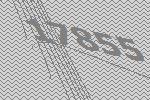
17855